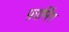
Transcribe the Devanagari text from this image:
फ़ार्मिंग